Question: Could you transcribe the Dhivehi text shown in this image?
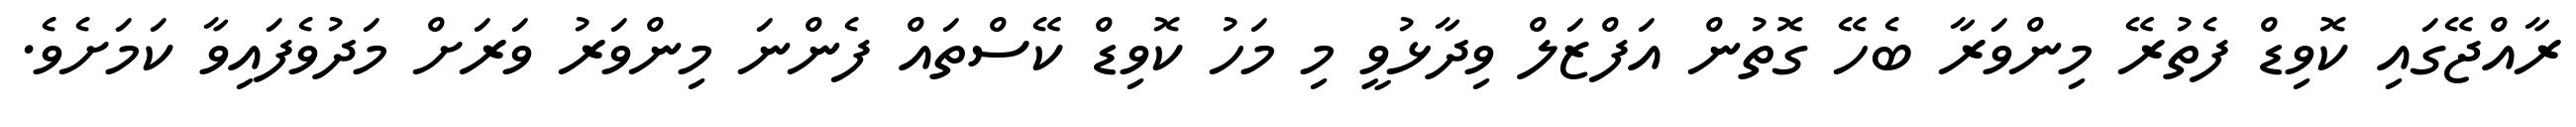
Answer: ރާއްޖޭގައި ކޮވިޑް ފެތުރޭ މިންވަރާ ބެހޭ ގޮތުން އަފްޒަލް ވިދާޅުވީ މި މަހު ކޮވިޑް ކޭސްތައް ފެންނަ މިންވަރު ވަރަށް މަދުވެފައިވާ ކަމަށެވެ.